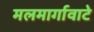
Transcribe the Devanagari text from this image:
मलमार्गावाटे